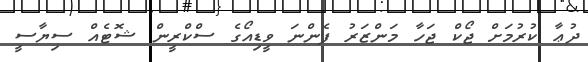
ދުޢާ ކުރުމަށް ޖޯކް ޖަހާ މަންޒަރު ފެންނަ ވީޑިއޯގެ ސްކްރީން ޝޮޓެއް ސިޔާސީ